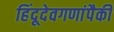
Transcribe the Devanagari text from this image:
हिंदूदेवगणांपैकी